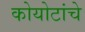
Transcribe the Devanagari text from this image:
कोयोटांचे